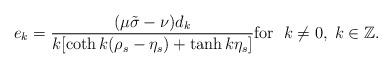
LaTeX: \begin{align*} e_k={(\mu\tilde\sigma-\nu) d_k\over k[\coth k(\rho_s-\eta_s)+\tanh k\eta_s]} \mbox{for}\;\ k\neq0,\; k\in\Bbb Z.\end{align*}